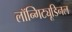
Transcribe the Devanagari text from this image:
लॉन्गिट्यूडिनल